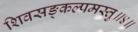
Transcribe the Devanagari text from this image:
शिवसङ्कल्पमस्तु॥४॥